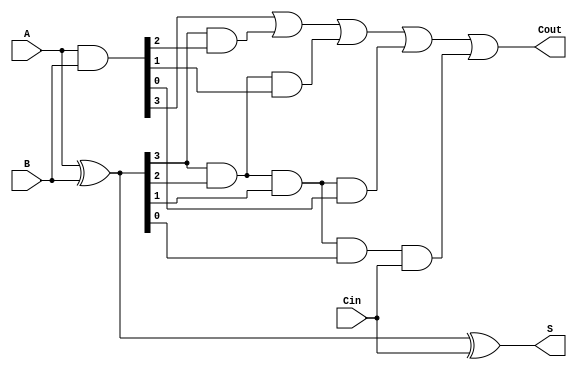
module carry_lookahead_adder(input [3:0] A, B,
                              input Cin,
                              output [3:0] S,
                              output Cout);

  wire [3:0] G, P, C;

  // Generate G and P signals for each bit position
  assign G = A & B;
  assign P = A ^ B;

  // Generate C signals for each bit position
  assign C[0] = G[0] | (P[0] & Cin);
  assign C[1] = G[1] | (P[1] & G[0]) | (P[1] & P[0] & Cin);
  assign C[2] = G[2] | (P[2] & G[1]) | (P[2] & P[1] & G[0]) | (P[2] & P[1] & P[0] & Cin);
  assign C[3] = G[3] | (P[3] & G[2]) | (P[3] & P[2] & G[1]) | (P[3] & P[2] & P[1] & G[0]) | (P[3] & P[2] & P[1] & P[0] & Cin);

  // Generate the sum output signals
  assign S = A ^ B ^ Cin;

  // Generate the carry-out signal
  assign Cout = C[3];

endmodule